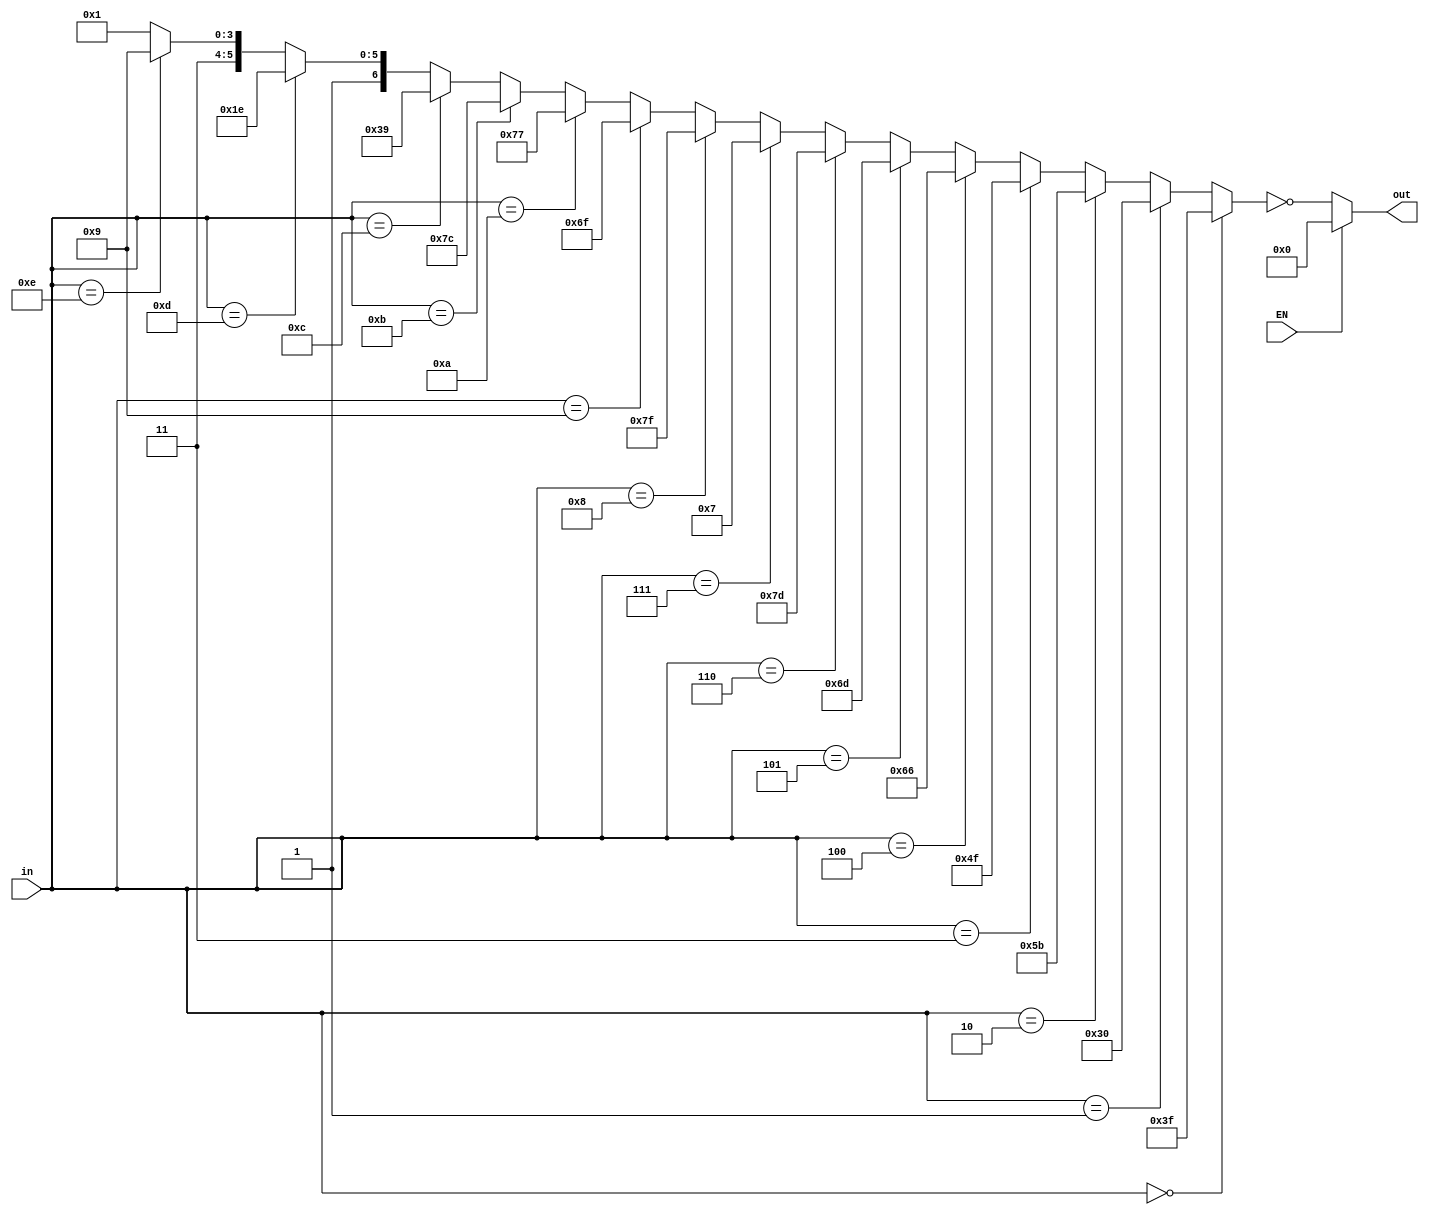
`timescale 1ns / 1ps
//////////////////////////////////////////////////////////////////////////////////
// Company: 
// Engineer: 
// 
// Design Name: 
// Module Name:    seven 
// Project Name: 
// Target Devices: 
// Tool versions: 
// Description: 
//
// Dependencies: 
//
// Revision: 
// Revision 0.01 - File Created
// Additional Comments: 
//
//////////////////////////////////////////////////////////////////////////////////
module sevenseg_decoder(
    output [7:0] out,
	 input EN,
    input [3:0] in
    );
	 wire [7:0] w1;
	 assign w1= (in==4'b0000 )?  8'b00111111:
	            ( in==4'b0001 )?  8'b00110000:
					( in==4'b0010 )?  8'b01011011:
					( in==4'b0011 )?  8'b01001111:
					( in==4'b0100 )?  8'b01100110:
					( in==4'b0101 )?  8'b01101101:
					( in==4'b0110 )?  8'b01111101: 
					( in==4'b0111 )?  8'b00000111:
					( in==4'b1000 )?  8'b01111111:
					( in==4'b1001 )?  8'b01101111:
					( in==4'b1010 )?  8'b01110111:
					( in==4'b1011 )?  8'b01111100:
					( in==4'b1100 )?  8'b0111001:
					( in==4'b1101 )?  8'b01011110:
					( in==4'b1110 )?  8'b01111001: 8'b01110001;
	 assign out=(EN==0)? ~w1 : 8'b00000000;


endmodule